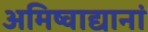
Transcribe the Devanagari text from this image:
अमिष्वाद्यानां